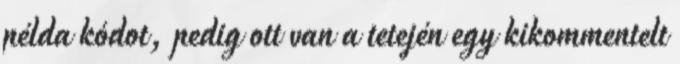
példa kódot, pedig ott van a tetején egy kikommentelt